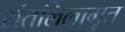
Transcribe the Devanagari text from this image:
संतलिलामृत